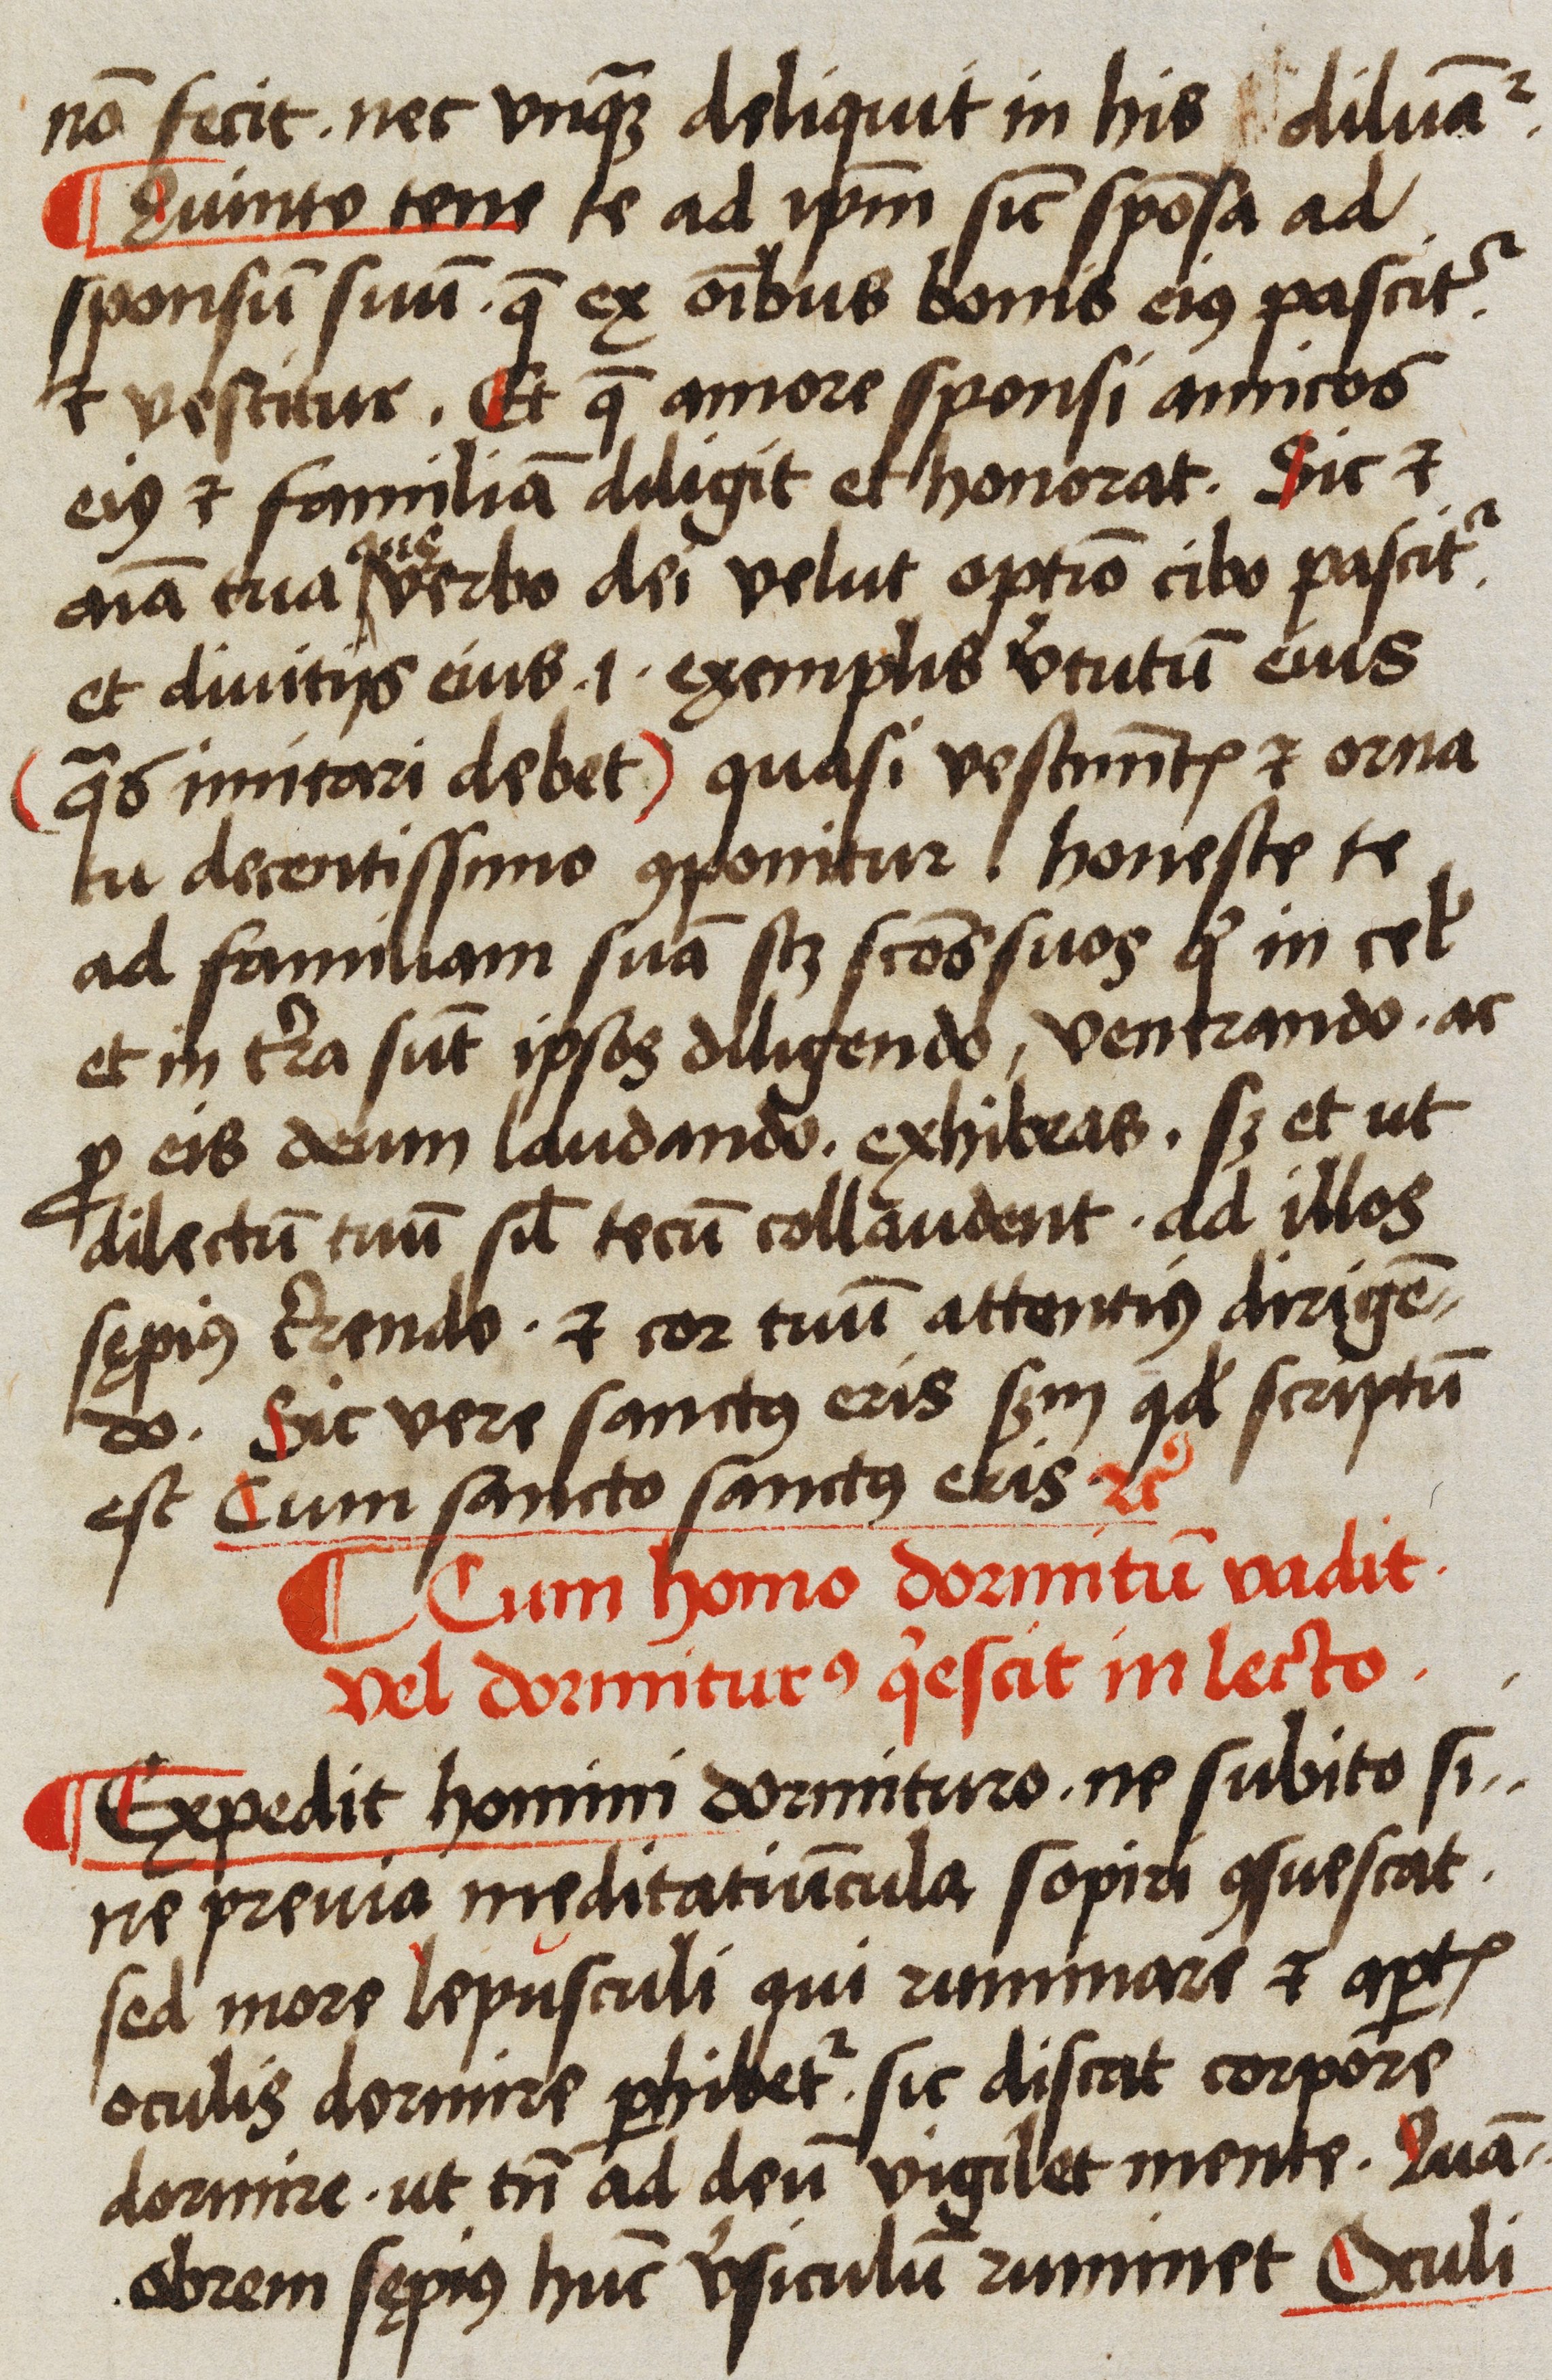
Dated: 1523–1523